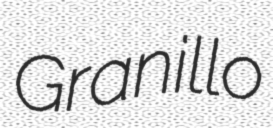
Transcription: Granillo